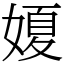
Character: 𡟺